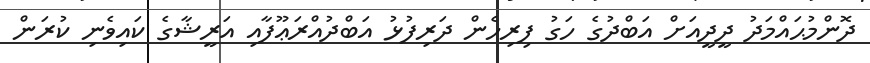
ދޮންމުޙައްމަދު ދީދީއަށް އަބްދުގެ ހަގު ފިރިހެން ދަރިފުޅު އަބްދުއްރަޢޫފާއި އަރީޝާގެ ކައިވެނި ކުރަން